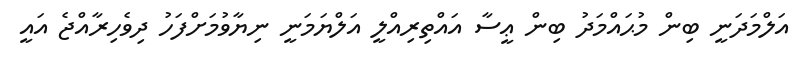
އަލްމަދަނީ ބިން މުޙައްމަދު ބިން ޢީސާ އައްތިރިއްލީ އަލްޔަމަނީ ނިޔާވުމަށްފަހު ދިވެހިރާއްޖެ އައީ